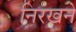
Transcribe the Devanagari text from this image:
निरखने